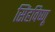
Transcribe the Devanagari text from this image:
सिंहविष्णू